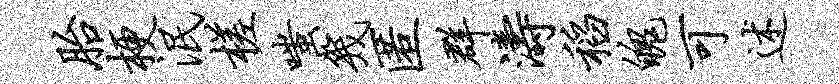
胎梗泯槎嗤几匿群涛稻魄可述